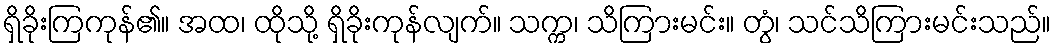
ရှိခိုးကြကုန်၏။ အထ၊ ထိုသို့ ရှိခိုးကုန်လျက်။ သက္က၊ သိကြားမင်း။ တွံ၊ သင်သိကြားမင်းသည်။